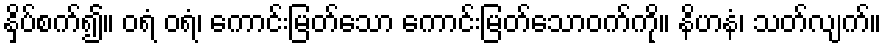
နှိပ်စက်၍။ ဝရံ ဝရံ၊ ကောင်းမြတ်သော ကောင်းမြတ်သောဝက်ကို။ နိဟနံ၊ သတ်လျက်။